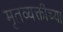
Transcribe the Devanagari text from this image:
मृतव्यक्तींच्या